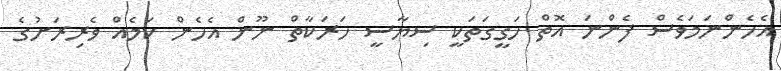
އެހެންނަމަވެސް ފެންނަ އޮތް ހަގީގަތަކީ ސިޔާސީ ހަރަކާތް ނޫން އެހެން ކަމެއް ވެރިރަށުގެ